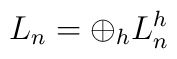
L_n= \displaystyle \oplus_h L_{n}^h